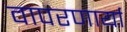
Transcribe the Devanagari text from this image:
वापरणार्या